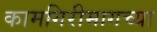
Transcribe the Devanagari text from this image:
कामगिरीमागच्या